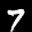
Label: 7